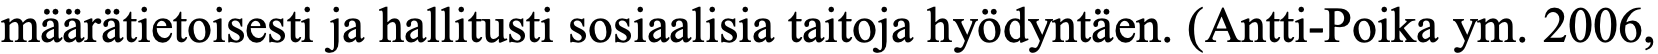
määrätietoisesti ja hallitusti sosiaalisia taitoja hyödyntäen. (Antti-Poika ym. 2006,